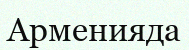
Арменияда